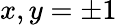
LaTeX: x,y=\pm 1